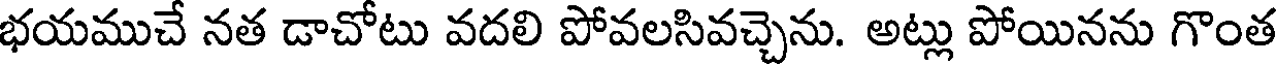
భయముచే నత డాచోటు వదలి పోవలసివచ్చెను. అట్లు పోయినను గొంత